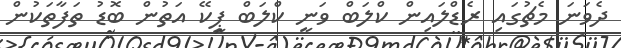
ދެވަނަ މެޗުގައި ރެޑްލައިން ކްލަބް ވަނީ ކްލަބް ޕީކޭ އަތުން ބޮޑު ތަފާތަކުން